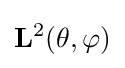
{\mathbf {L} }^{2}(\theta ,\varphi )